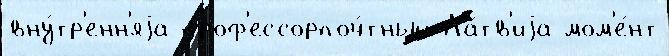
вну́тр'енн'яjа проф'ессорпоч́тный Ла́тв'иjа мом'е́нт